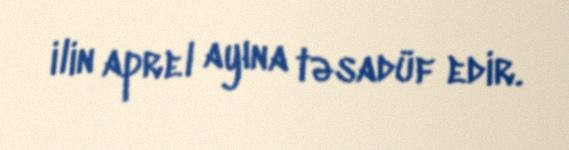
ilin aprel ayına təsadüf edir.